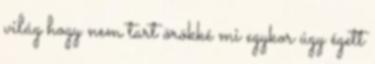
világ hogy nem tart örökké mi egykor úgy égett